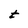
Character: t